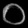
Digit: ၀